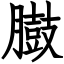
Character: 臌